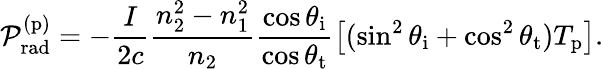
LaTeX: \mathcal{P}_{\mathrm{rad}}^{(\mathrm{p})}=-\frac{I}{2c}\frac{n_{2}^{2}-n_{1}^{2}}{n_{2}}\frac{\cos\theta_{\mathrm{i}}}{\cos\theta_{\mathrm{t}}}\left[(\sin^{2}\theta_{\mathrm{i}}+\cos^{2}\theta_{\mathrm{t}})T_{\mathrm{p}}\right].